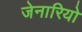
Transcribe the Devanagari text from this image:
जेनारियो